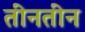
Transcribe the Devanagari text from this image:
तीनतीन